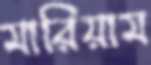
মারিয়াম